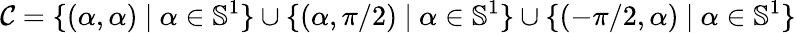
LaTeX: \mathcal{C}=\{ (\alpha,\alpha)\ |\ \alpha\in\mathbb{S}^{1}\} \cup\{ (\alpha,\pi/2)\ |\ \alpha\in\mathbb{S}^{1}\} \cup\{ (-\pi/2,\alpha)\ |\ \alpha\in\mathbb{S}^{1}\}